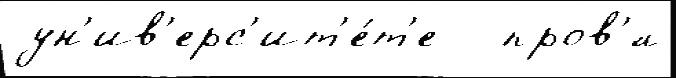
ун'ив'ерс'ит'е́т'е   пров'́л